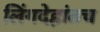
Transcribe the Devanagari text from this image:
लिंगदेहांतच